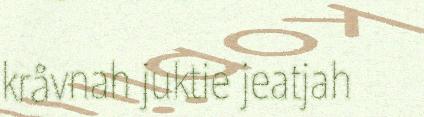
kråvnah juktie jeatjah